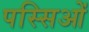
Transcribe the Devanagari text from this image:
पस्सिओं